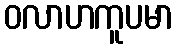
ဝလာဟကူပမာ